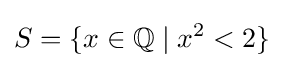
S=\{x\in \mathbb {Q} \mid x^{2}<2\}